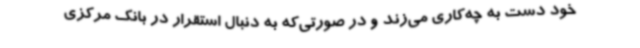
خود دست به چه‌کاری می‌زند و در صورتی‌که به دنبال استقرار در بانک مرکزی